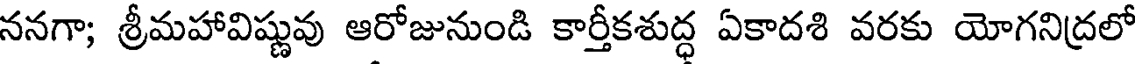
ననగా; శ్రీమహావిష్ణువు ఆరోజునుండి కార్తీకశుద్ధ ఏకాదశి వరకు యోగనిద్రలో